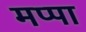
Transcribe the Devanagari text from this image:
मप्पा